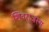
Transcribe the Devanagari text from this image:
शिवराजस्य